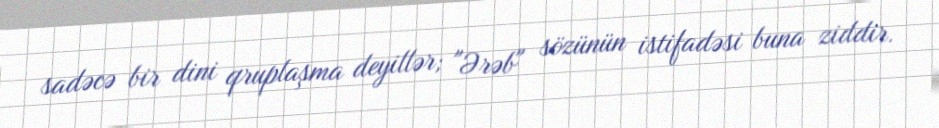
sadəcə bir dini qruplaşma deyillər; "Ərəb" sözünün istifadəsi buna ziddir.